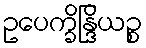
ဥပေက္ခိန္ဒြိယဉ္စ